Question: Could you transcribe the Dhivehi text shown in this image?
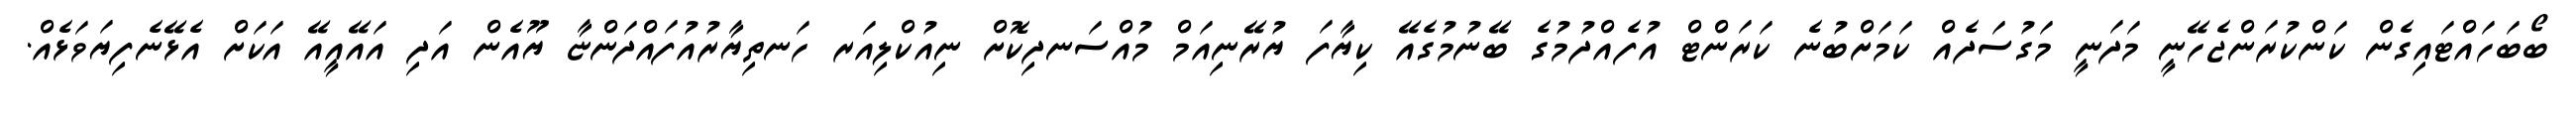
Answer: ބޯބަހައްޓައިގެން ކަންކުރަންޖެހޭނީ މަދަނީ މަގުސަދެއް ކަމަށްބުނެ ކަރަންޓް އުފެއްދުމުގެ ބޭނުމުގެއޭ ކިޔާފަ ޔުރޭނިއަމް މުއްސަނދިކޮށް ނިއުކްލިއަރ ހަނތިޔާރުއުފައްދަންޏާ ޔޫއެން އަދި އައޭއީއޭ އަކަށް އެޅޭނެފިޔަވަޅެއް.